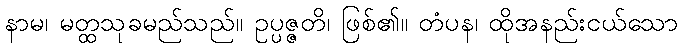
နာမ၊ မတ္ထသုခမည်သည်။ ဥပ္ပဇ္ဇတိ၊ ဖြစ်၏။ တံပန၊ ထိုအနည်းငယ်သော